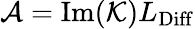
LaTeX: \mathcal{A}=\mathrm{Im}(\mathcal{K})L_{\mathrm{Diff}}